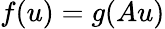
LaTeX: f(u)=g(Au)